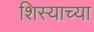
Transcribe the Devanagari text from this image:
शिस्याच्या